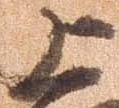
上